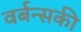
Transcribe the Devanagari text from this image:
वर्बन्सकी